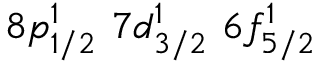
8 p _ { 1 / 2 } ^ { 1 } \, \, 7 d _ { 3 / 2 } ^ { 1 } \, \, 6 f _ { 5 / 2 } ^ { 1 }